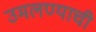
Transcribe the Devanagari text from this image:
उमलण्याची